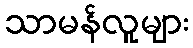
သာမန်လူများ